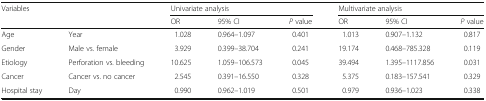
| <ROWSPAN=2-COLSPAN=2> Variables | <COLSPAN=3> Univariate analysis | <COLSPAN=3> Multivariate analysis |
 | OR | 95% CI | P value | OR | 95% CI | P value |
 | --- | --- | --- | --- | --- | --- | --- | --- |
 | Age | Year | 1.028 | 0.964–1.097 | 0.401 | 1.013 | 0.907–1.132 | 0.817 |
 | Gender | Male vs. female | 3.929 | 0.399–38.704 | 0.241 | 19.174 | 0.468–785.328 | 0.119 |
 | Etiology | Perforation vs. bleeding | 10.625 | 1.059–106.573 | 0.045 | 39.494 | 1.395–1117.856 | 0.031 |
 | Cancer | Cancer vs. no cancer | 2.545 | 0.391–16.550 | 0.328 | 5.375 | 0.183–157.541 | 0.329 |
 | Hospital stay | Day | 0.990 | 0.962–1.019 | 0.501 | 0.979 | 0.936–1.023 | 0.338 |